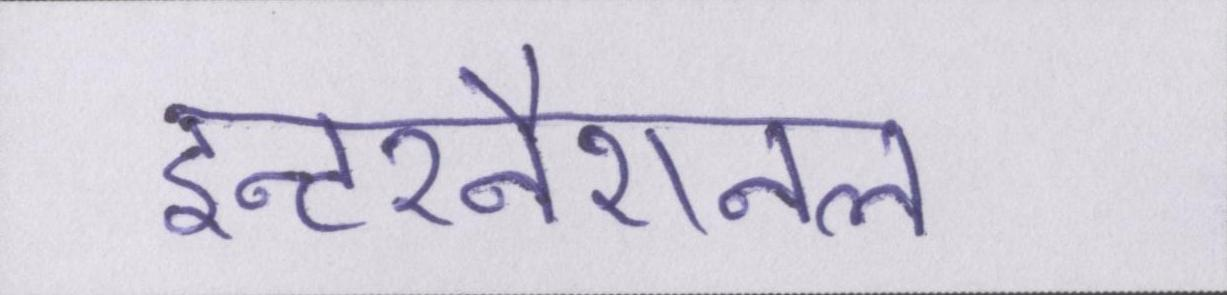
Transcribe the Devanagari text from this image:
इन्टरनैशनल